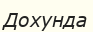
Дохунда